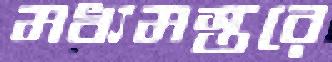
মধ্যমস্তরে